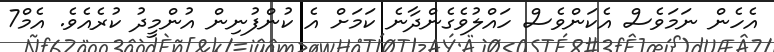
އެހެން ނަމަވެސް އެކަންވެސް ހައްލުވެގެންދާނެ ކަމަށް އެ ކުންފުނިން އުންމީދު ކުރެއެވެ. އެމް7